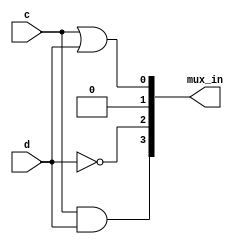
module top_module (
    input c,
    input d,
    output [3:0] mux_in
); 
    assign mux_in = { (c&d), ~d , 1'b0, (c|d) };
endmodule


// *Note : can't put 0, specify the format (1'b...)